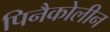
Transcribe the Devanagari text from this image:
पिनैकोलीन